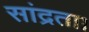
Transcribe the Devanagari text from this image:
सांद्रता।